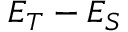
E _ { T } - E _ { S }